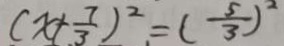
( x + \frac { 7 } { 3 } ) ^ { 2 } = ( \frac { 5 } { 3 } ) ^ { 2 }